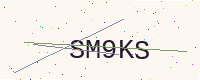
Text: SM9KS